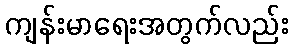
ကျန်းမာရေးအတွက်လည်း